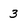
Character: 3